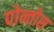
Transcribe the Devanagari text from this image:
पोन्तोस